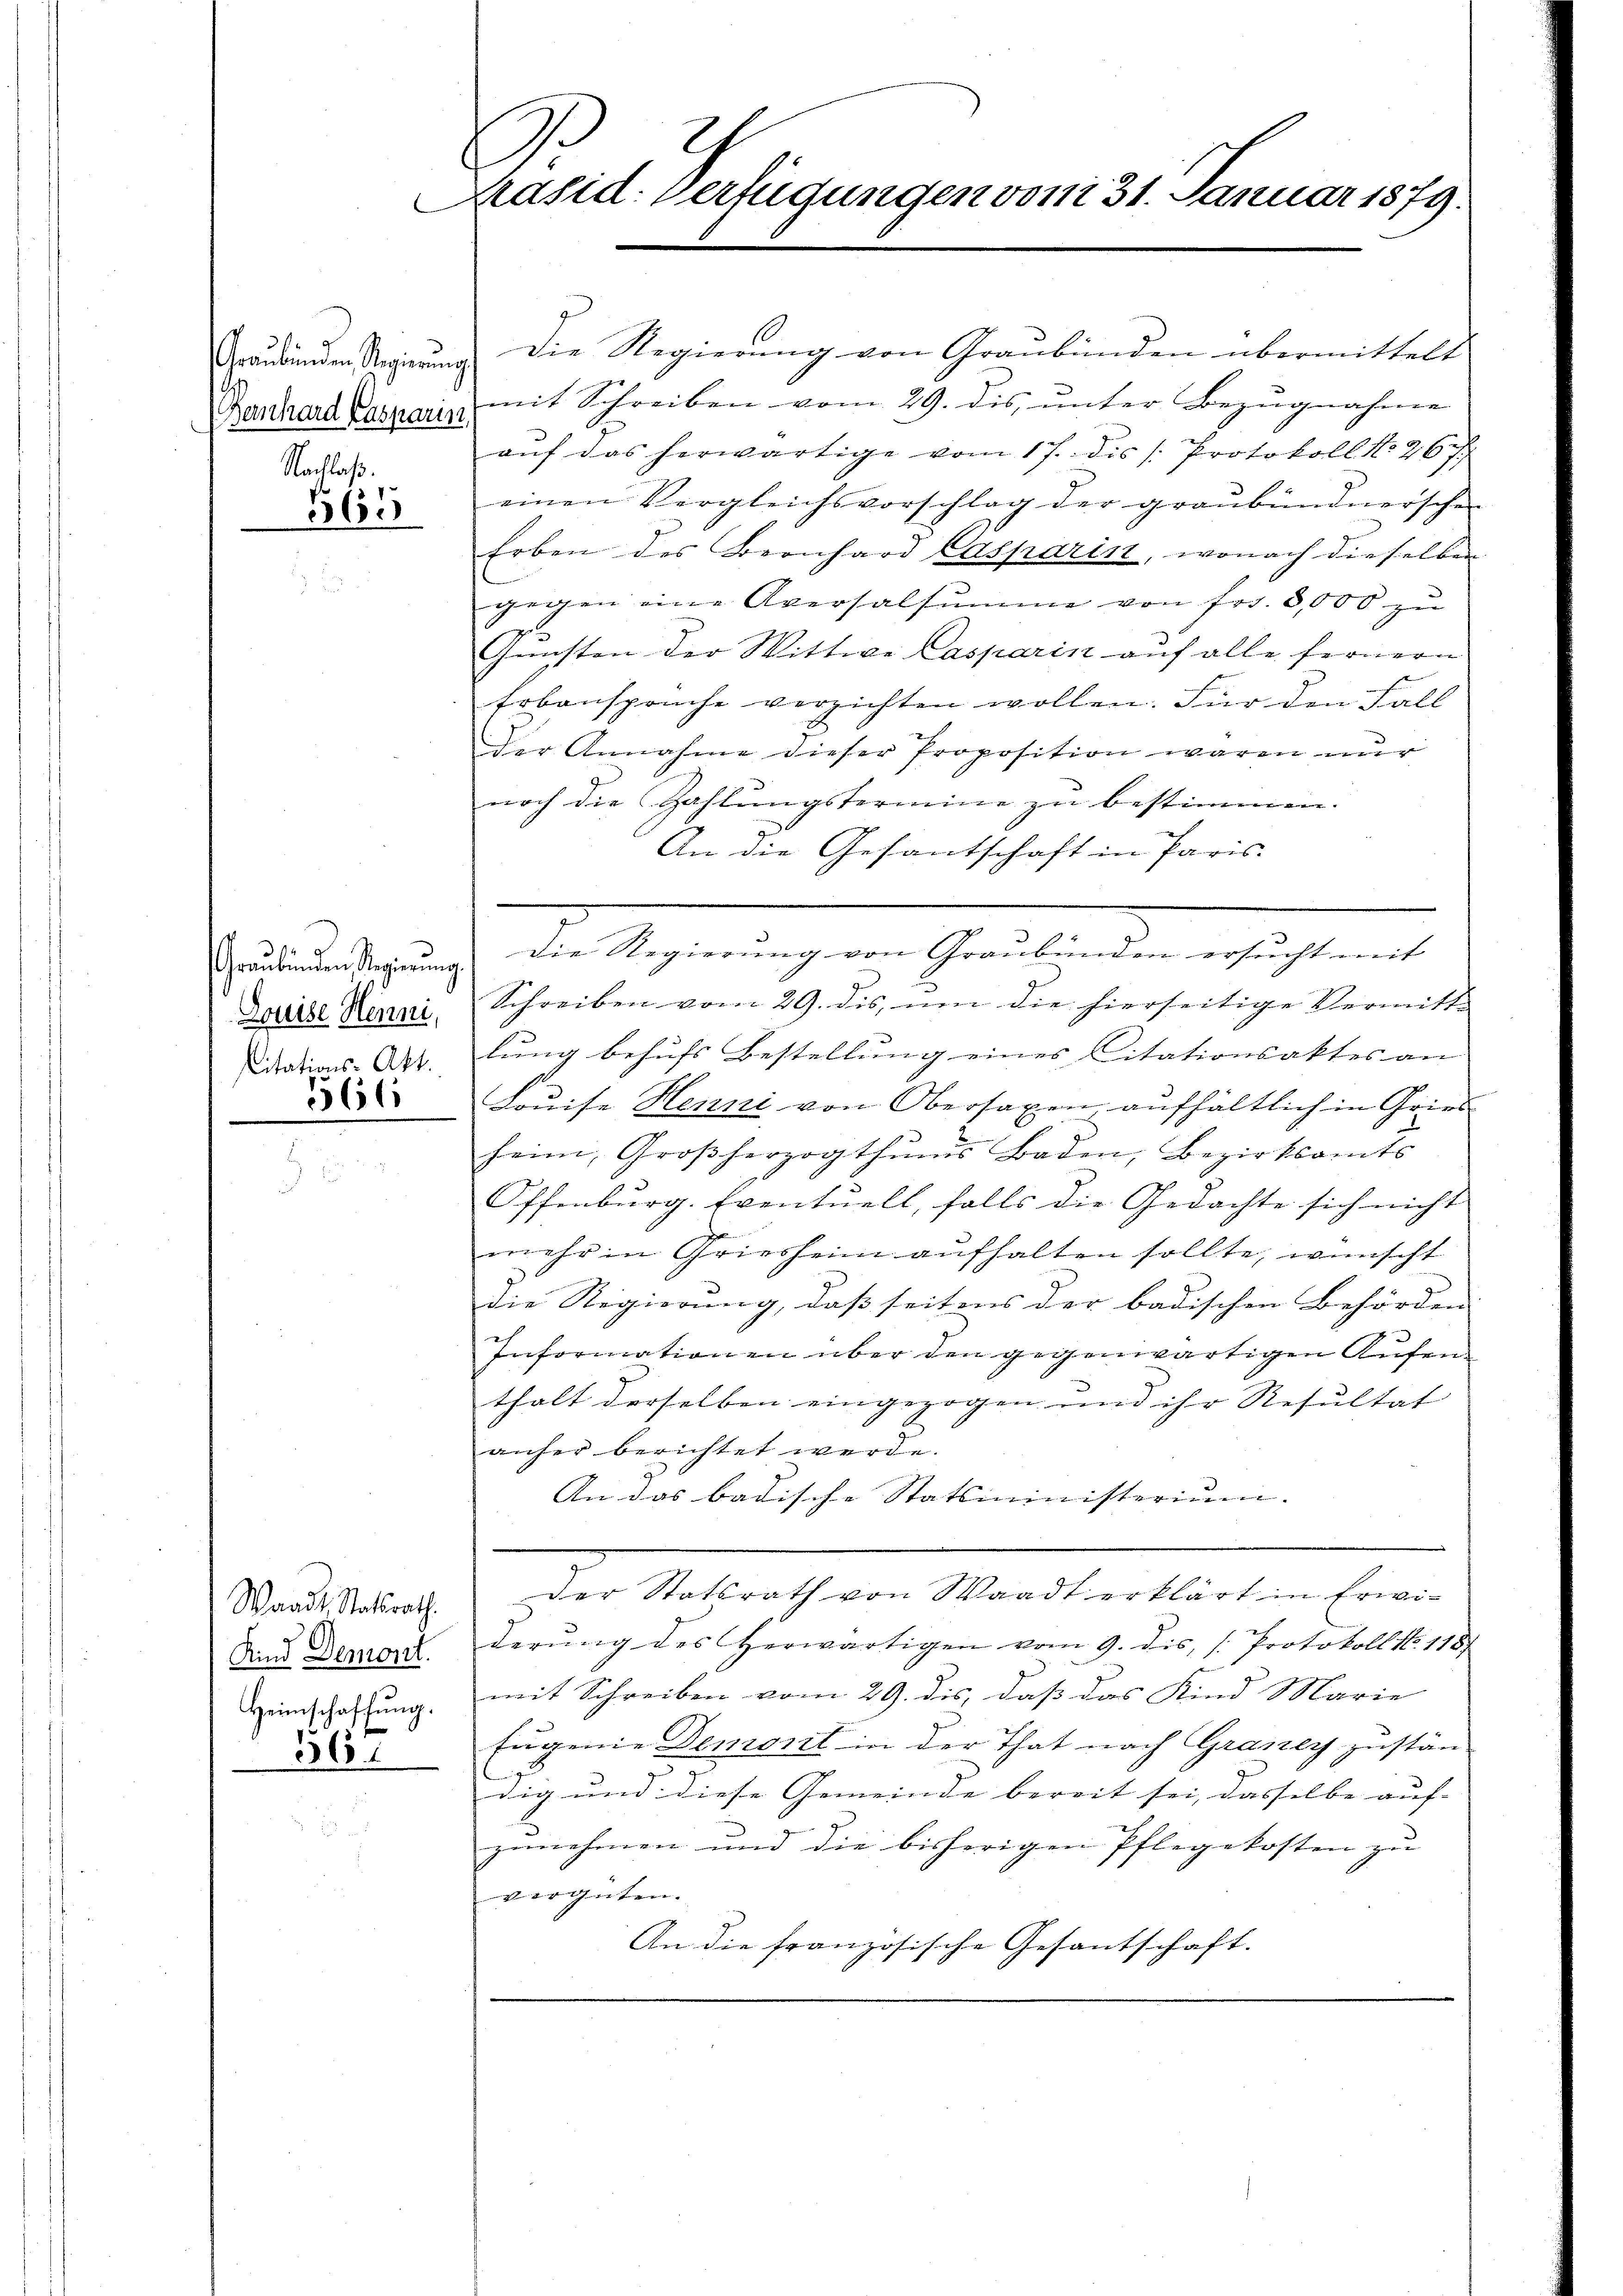
Graubünden Regierung.
Bernhard Kasparin
Nachlaß.

365

Graubünden Regierung.
Douise Henni,
Citations-Akt.

66

Waadt. Statsrath
Kind Demont.
Heimschaffung.

561

Präsid. Verfügungen vom 31. Januar 1879.
e

Die Regierung von Graubünden übermittelt
mit Schreiben vom 29. dis unter Bezugnahme
aŭf das herwärtige vom 17. dis /: Protokoll No 26.
einen Vergleichsvorschlag der graubündnerschen
Erben des Bernhard Casparin, wonach dieselben
gegen eine Aversalsumme von fr. 3,000 zŭ
Gunsten der Wittwe Casparin auf alle fernern
Erbansprüche verzichten wollen. Für den Fall
der Annahme dieser Proposition waren nur
noch die Zahlungsterinne zu bestimmen.
An die Gesantschaft in Paris.
Die Regierŭng von Graubünden ersucht mit
Schreiben vom 29. dis, um die hierseitige Vermitt-
lung behufs Bestellung eines Citationsaktes an
Louise Henni von Obersaxen, aufhältlich in Gries
heim, Großherzogthums Baden, Bezirksamts
Offenburg. Eventuell, falls die Gedachte sich nicht
mehr in Griesheim aufhalten sollte, wünscht
die Regierung, daß seitens der badischen Behörden
Informationen über den gegenwärtigen Aufen
thalt derselben eingezogen und ihr Resultat |
anfer berichtet werde.
An das badische Statsministerium.
Der Statsrath von Waadt erklärt in Erwiderŭng des herwärtigen vom 9. dis, 1. Protokoll N. 118.
mit Schreiben vom 29. dis, dass das Kind Marie
Eugenie Demorit in der That nach Grazer zustän
dig und diese Gemeinde bereit sei, dasselbe auf- |
zunehmen und die bisherigen Pflegekosten zu |
verguten.
An die französische Gesantschaft.